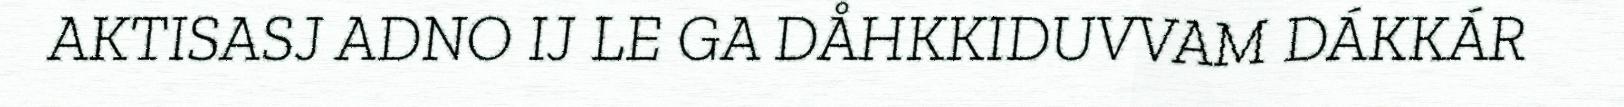
AKTISASJ ADNO IJ LE GA DÅHKKIDUVVAM DÁKKÁR